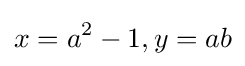
x=a^{2}-1,y=ab